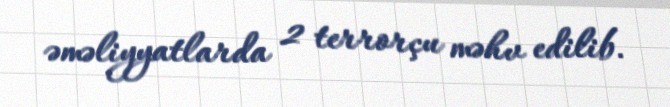
əməliyyatlarda 2 terrorçu məhv edilib.